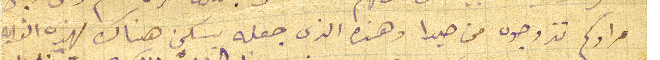
مرادكم تزوجوه من صيدا وهذه الذى جعله يسكن هناك لهذه الغايه